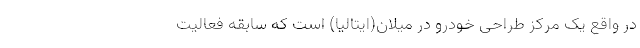
در واقع یک مرکز طراحی خودرو در میلان(ایتالیا) است که سابقه فعالیت